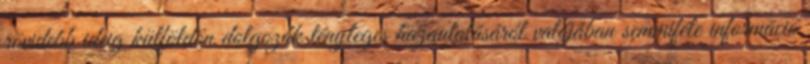
rövidebb ideig külföldön dolgozók tényleges hazautalásáról valójában semmiféle információ